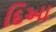
દિઆ